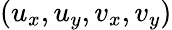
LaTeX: (u_{x},u_{y},v_{x},v_{y})